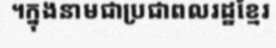
។ក្នុងនាមជាប្រជាពលរដ្ឋខ្មែរ